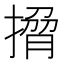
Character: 𭢄